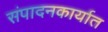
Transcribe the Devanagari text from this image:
संपादनकार्यात